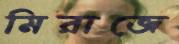
মিরাজে